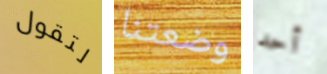
لتقول وضعتنا أحد